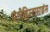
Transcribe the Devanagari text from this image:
एंटीहिस्टामाइंस